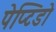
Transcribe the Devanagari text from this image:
पेप्टिडो